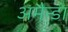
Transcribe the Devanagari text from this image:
अमैन्डा